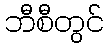
ဘီစီတွင်